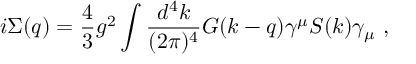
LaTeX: i \Sigma ( q ) = { \frac { 4 } { 3 } } { g ^ { 2 } } \int { \frac { d ^ { 4 } k } { ( 2 \pi ) ^ { 4 } } } G ( k - q ) \gamma ^ { \mu } S ( k ) \gamma _ { \mu } ~ ,